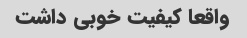
واقعا کیفیت خوبی داشت